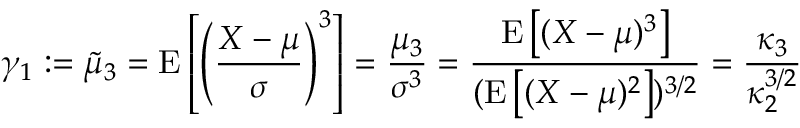
\gamma _ { 1 } : = { \tilde { \mu } } _ { 3 } = \operatorname { E } \left[ \left( { \frac { X - \mu } { \sigma } } \right) ^ { 3 } \right] = { \frac { \mu _ { 3 } } { \sigma ^ { 3 } } } = { \frac { \operatorname { E } \left[ ( X - \mu ) ^ { 3 } \right] } { ( \operatorname { E } \left[ ( X - \mu ) ^ { 2 } \right] ) ^ { 3 / 2 } } } = { \frac { \kappa _ { 3 } } { \kappa _ { 2 } ^ { 3 / 2 } } }